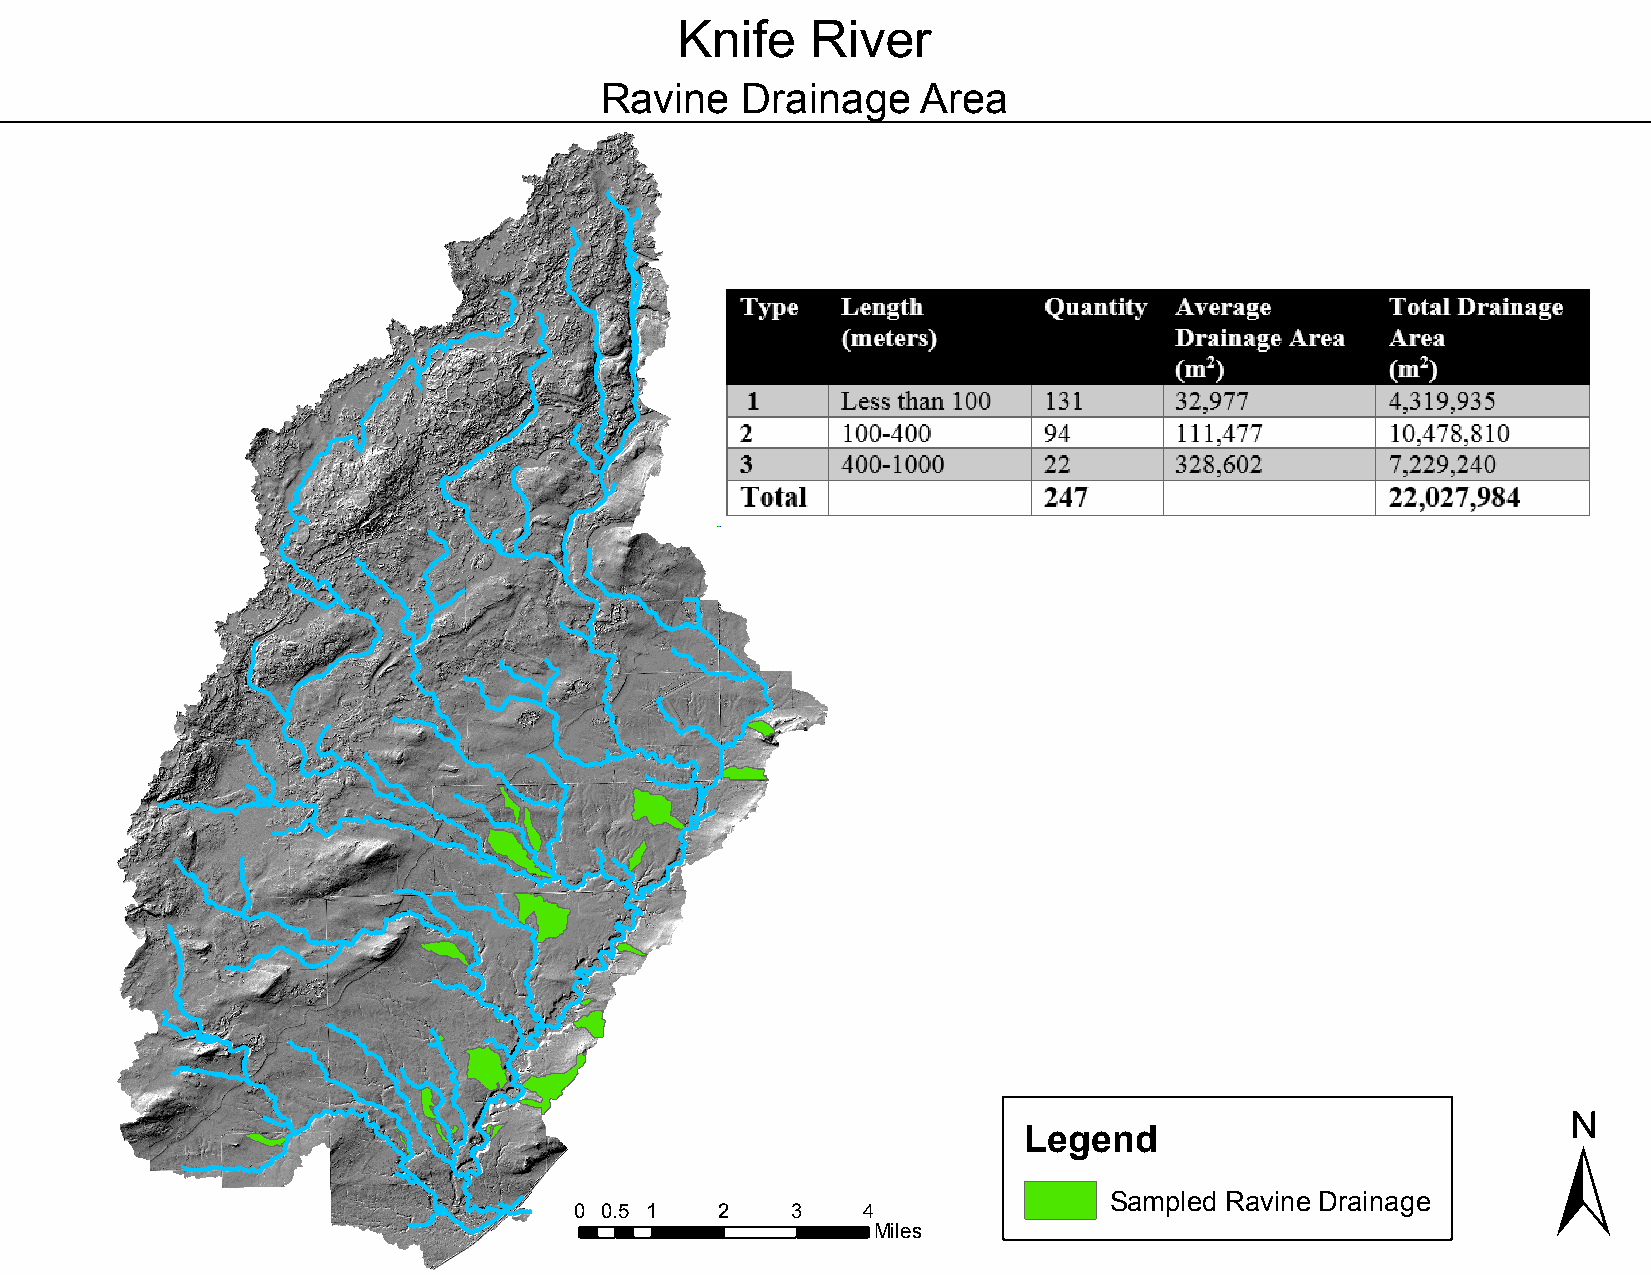
Knife    River
 Ravine   Drainage    Area
 ±
 Legend
 Sampled Ravine Drainage
 0 0.5 1   2   3    4
 Miles